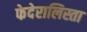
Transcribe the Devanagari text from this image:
फेदेरालिस्ता